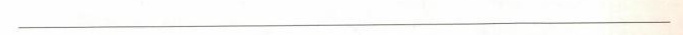
___